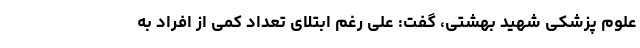
علوم پزشکی شهید بهشتی، گفت: علی رغم ابتلای تعداد کمی از افراد به